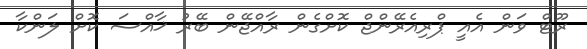
ރޫޓް ވަން އެއީ ޕްރިއެރޭންޖް ކޮށްގެން ރާއްޖޭން ބޭރު ޚާއްސަ ކޮށް ލަންކާ